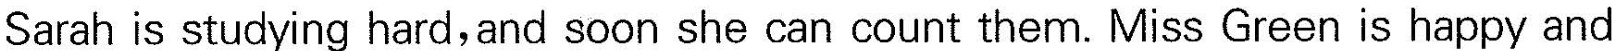
Sarah is studying hard,and soon she can count them. Miss Green is happy and